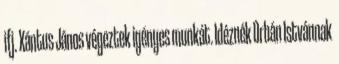
ifj. Xántus János végeztek igényes munkát. Idéznék Orbán Istvánnak